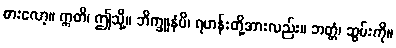
စားလော့။ ဣတိ၊ ဤသို့။ ဘိက္ခူနံပိ၊ ရဟန်းတို့အားလည်း။ ဘတ္တံ၊ ဆွမ်းကို။